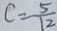
c = \frac { 5 } { 1 2 }